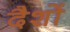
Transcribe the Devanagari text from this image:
दैशों